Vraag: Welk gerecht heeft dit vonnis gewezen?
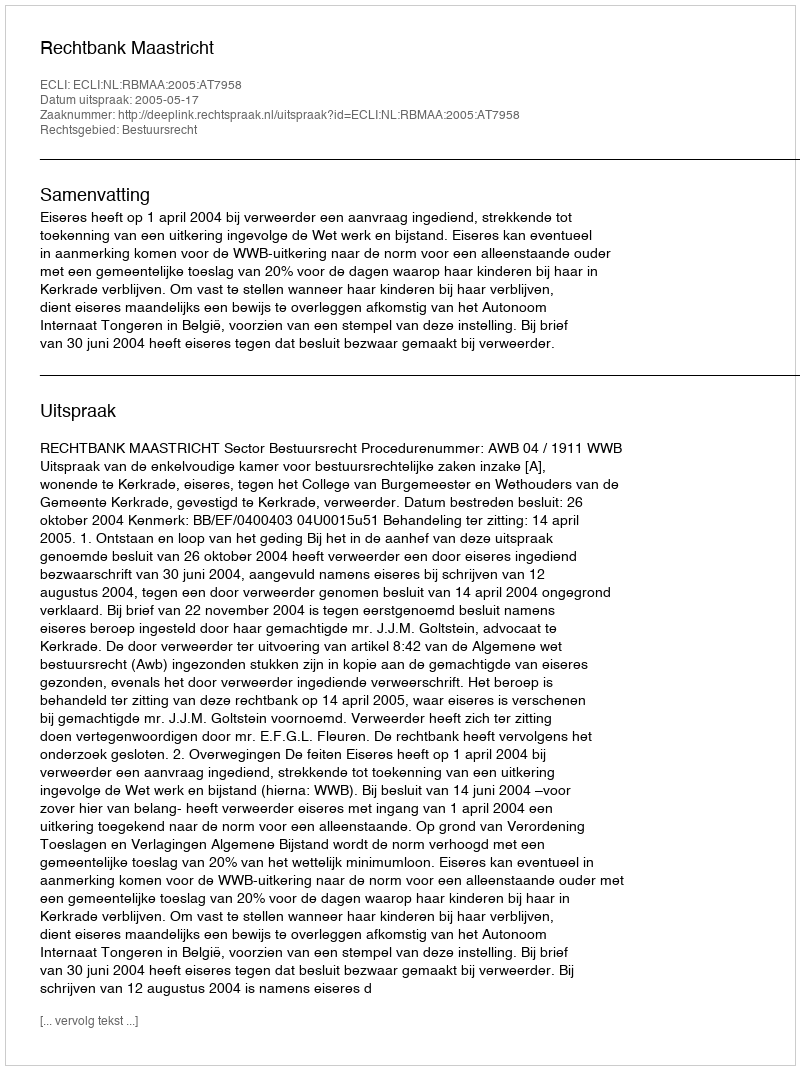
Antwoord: Rechtbank Maastricht